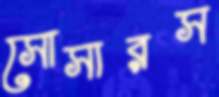
সোসারস